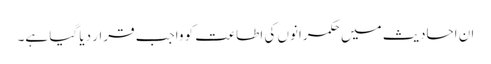
ان احادیث میں حکمرانوں کی اطاعت کو واجب قرار دیا گیا ہے۔